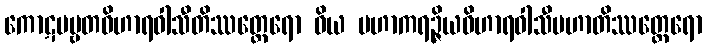
ကောဋပဗ္ဗတဝိဟာရဝါသီတိဿတ္ထေရော ဝိယ မဟာကရဉ္ဇိယဝိဟာရဝါသီမဟာတိဿတ္ထေရော